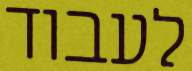
לעבוד